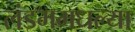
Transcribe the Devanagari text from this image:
लंडममधल्या